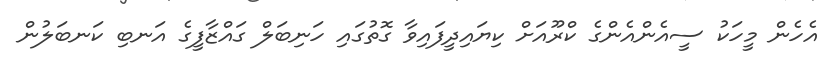
އެހެން މީހަކު ސީއެންއެންގެ ކްރޫއަށް ކިޔައިދީފައިވާ ގޮތުގައި ހަނިބަލް ގައްޒާފީގެ އަނބި ކަނބަލުން